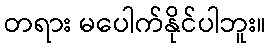
တရား မပေါက်နိုင်ပါဘူး။